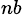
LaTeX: _{nb}